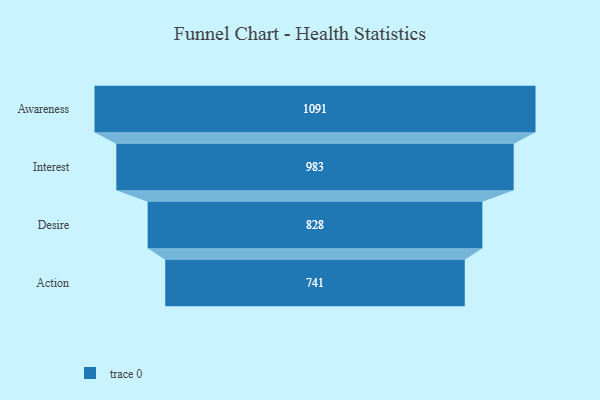
{"axis": {"x": "Stage", "y": "Value"}, "legend": [""], "data": [{"x": "Awareness", "y": 1091.0, "type": ""}, {"x": "Interest", "y": 983.0, "type": ""}, {"x": "Desire", "y": 828.0, "type": ""}, {"x": "Action", "y": 741.0, "type": ""}]}